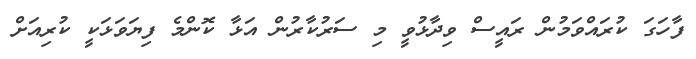
ފާހަގަ ކުރައްވަމުން ރައީސް ވިދާޅުވީ މި ސަރުކާރުން އަޅާ ކޮންމެ ފިޔަވަޅަކީ ކުރިއަށް